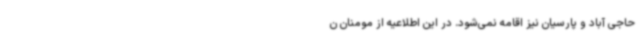
حاجی آباد و پارسیان نیز اقامه نمی‌شود. در این اطلاعیه از مومنان ن